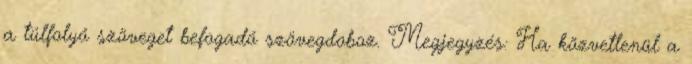
a túlfolyó szöveget befogadó szövegdoboz. Megjegyzés: Ha közvetlenül a